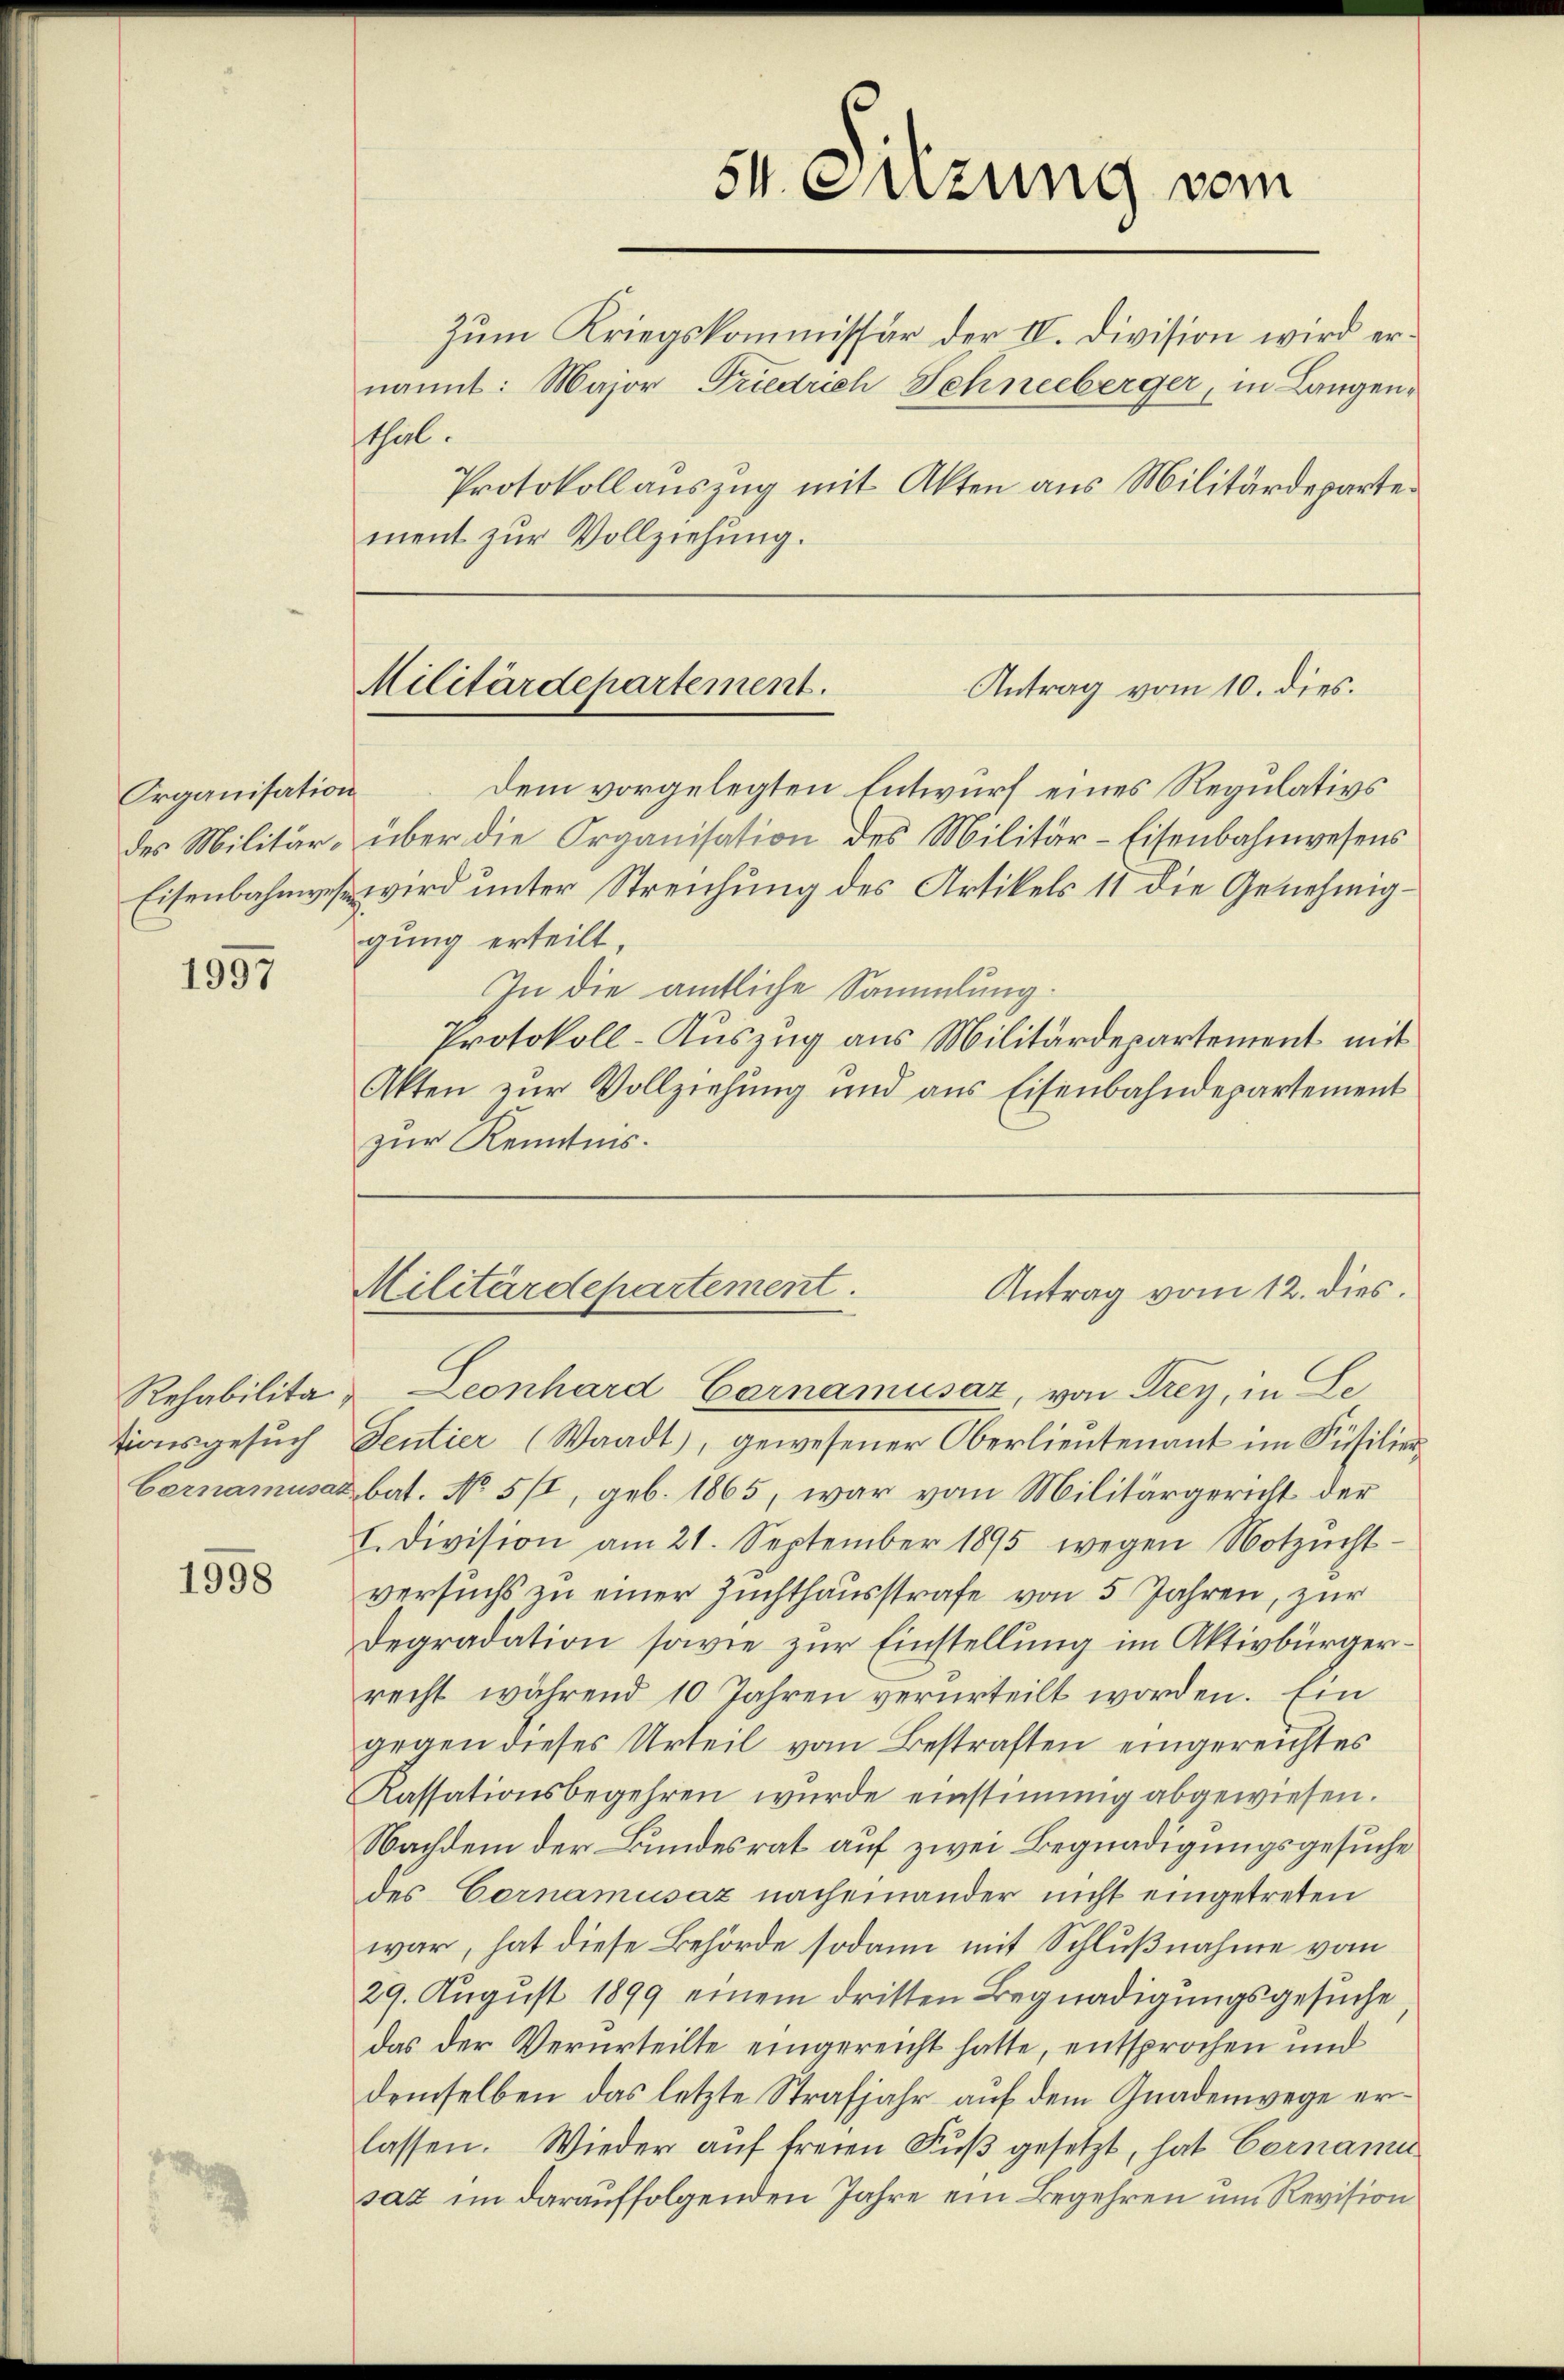
Organisation

1997

1998

Zum Kriegskommissär der IV. Division wird ernannt: Major Friedrich Schneeberger, in Langensthal.
Protokollauszug mit Akten aus Militärdepartement zur Vollziehung.

54. Sitzung vom

Militärdepartement.
Antrag vom 10. dies.

dem vorgelegten Entwurf eines Regulativs
des Militär- über die Organisation des Militär-Eisenbahnwesens
Eisenbahnwesen wird unter Streichung des Artikels 11 die Genehmiggung erteilt,
In die amtliche Sammlung.
Protokoll-Auszug aus Militärdepartement mit
Akten zur Vollziehung und aus Eisenbahndepartement
zur Kenntnis.

Rehabilita- Leonhard Carnamusaz, von Frey, in Le
tionsgesuch Sentier (Waadt, gewesener Oberlieutenant im Füsilierbernamusaz bat. No 5/I, geb. 1865, war vom Militärgericht der
I. Division am 21. September 1895 wegen Notzŭcht-
versuchs zu einer Zuchthausstrafe von 5 Jahren, zur
Degradation sowie zur Einstellung im Aktivbürgerrecht während 10 Jahren verurteilt worden. Ein
gegen dieses Urteil vom Bestraften eingereichtes
Kassationsbegehren wurde einstimmig abgewiesen.
Nachdem der Bundesrat auf zwei Begnadigungsgesuche
des Cornamusaz nacheinander nicht eingetreten
war, hat diese Behörde sodann mit Schlußnahme vom
29. August 1899 einem dritten Begnadigungsgesuche
das der Verurteilte eingereicht hatte, entsprochen und
demselben das letzte Strafjahr auf dem Gnadenwege erlassen. Wieder auf freien Fuß gesetzt, hat Cornamu
sat im darauffolgenden Jahre ein Begehren um Revision

Militärdepartement.
Antrag vom 12. dies.